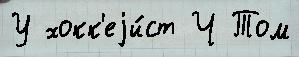
У хокк'еjи́ст Ч Том